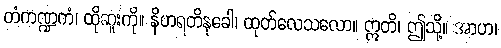
တံကဏ္ဍကံ၊ ထိုဆူးကို။ နိဟရတိနုခေါ၊ ထုတ်လေသလော။ ဣတိ၊ ဤသို့။ အာဟ၊